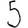
Digit: 5